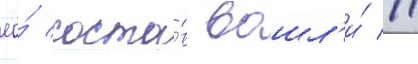
ео́ соста́в вошл'и́ 11